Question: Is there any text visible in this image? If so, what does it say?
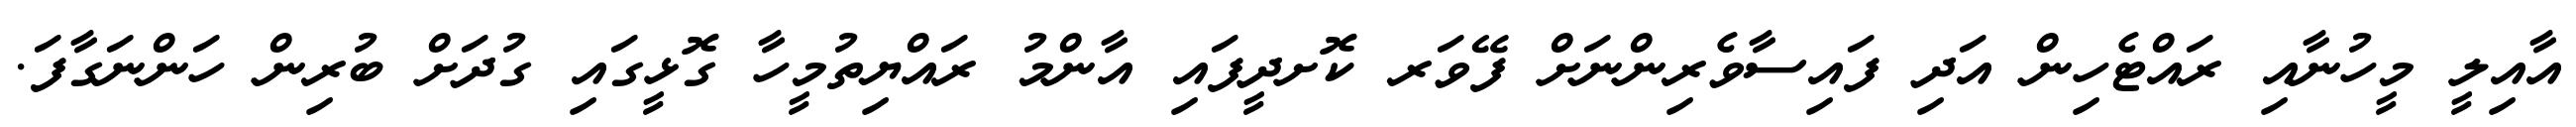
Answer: އާއިލީ މީހުނާއި ރައްޓެހިން އަދި ފައިސާވެރިންނަށް ފޭވަރ ކޮށދީފައި އާންމު ރައްޔިތުމީހާ ގޮޅީގައި ގުދަށް ބުރިން ހަންނަގާފަ.